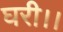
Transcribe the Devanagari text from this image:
घरी।।